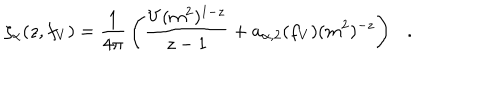
\zeta _ { \alpha } ( z , f _ { V } ) = { \frac { 1 } { 4 \pi } } \left( { \frac { V ( m ^ { 2 } ) ^ { 1 - z } } { z - 1 } } + a _ { \alpha , 2 } ( f _ { V } ) ( m ^ { 2 } ) ^ { - z } \right) .